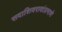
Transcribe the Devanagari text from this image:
सदाशिवरावांप्रमाणेे